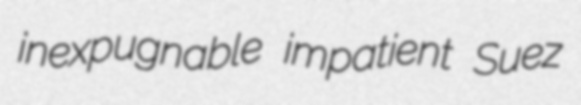
inexpugnable impatient Suez